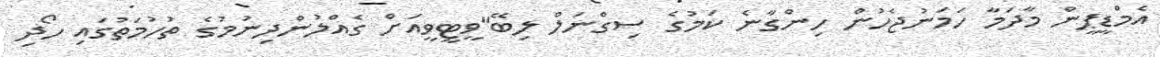
އެމްޑީޕީން މާދަމާ ހަމަނުޖެހުން ހިންގާނެ ކަމުގެ ސިގްނަލް ލިބޭ"ވީޓީވީއަށް ގެއްލުންދިނުމުގެ ތުހުމަތުގައި ހޯދި